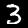
Digit: 3